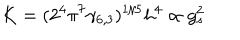
K = ( 2 ^ { 4 } \pi ^ { 7 } \gamma _ { 6 , 3 } ) ^ { 1 / 5 } h ^ { 4 } \propto g _ { s } ^ { 2 }